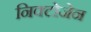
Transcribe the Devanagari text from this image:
निक्टोजेन